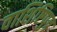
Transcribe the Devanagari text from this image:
वाशिष्टिपुत्र